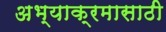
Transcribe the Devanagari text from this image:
अभ्याक्रमासाठी